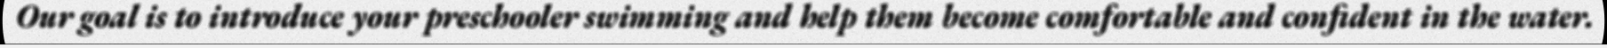
Our goal is to introduce your preschooler swimming and help them become comfortable and confident in the water.